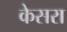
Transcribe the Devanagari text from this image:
केसरा